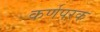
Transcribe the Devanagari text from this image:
कर्णपरक